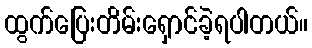
ထွက်ပြေးတိမ်းရှောင်ခဲ့ရပါတယ်။